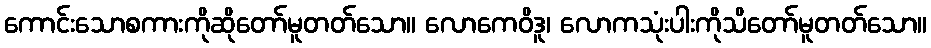
ကောင်းသောစကားကိုဆိုတော်မူတတ်သော။ လောကေဝိဒူ၊ လောကသုံးပါးကိုသိတော်မူတတ်သော။